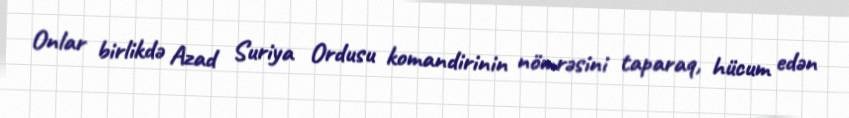
Onlar birlikdə Azad Suriya Ordusu komandirinin nömrəsini taparaq, hücum edən